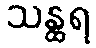
သန္ထရ